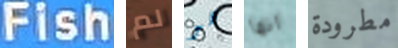
Fish لم هو انها مطرودة